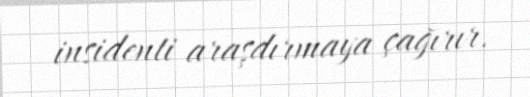
insidenti araşdırmaya çağırır.